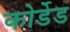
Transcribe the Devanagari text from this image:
कोर्डेड